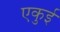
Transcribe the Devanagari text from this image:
एकुई